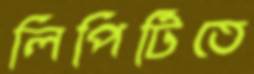
লিপিটিতে